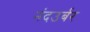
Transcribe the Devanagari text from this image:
नंदउर्बर